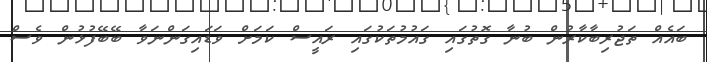
ބައެއް ތަޖުރިބާކާރުން ބުނާ ގޮތުގައި ގައުމުތަކުގައި ރައީސް ކަމަށް ވަޑައިގަންނަވާ ބޭބޭފުޅުން ވެސް